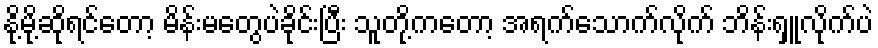
နို့မို့ဆိုရင်တော့ မိန်းမတွေပဲခိုင်းပြီး သူတို့ကတော့ အရက်သောက်လိုက် ဘိန်းရှူလိုက်ပဲ